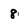
Character: 8